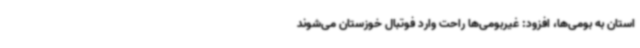
استان به بومی‌ها، افزود: غیربومی‌ها راحت وارد فوتبال خوزستان می‌شوند